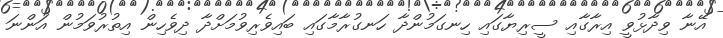
އޭނާ ވިދާޅުވީ އިރާގާއި ސީރިޔާގައި ހިނގަމުންދާ ހަނގުރާމާގައި ބައިވެރިވުމަށްދާ ދިވެހިން އިތުރުވަމުން އަންނަ